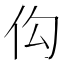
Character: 𪜩